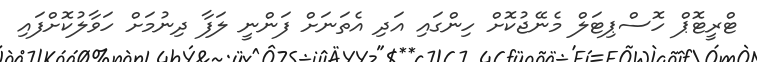
ޓްރީޓޮޕް ހޮސްޕިޓަލް މެނޭޖުކޮށް ހިންގައި އަދި އެތަނަށް ފަންނީ ލަފާ ދިނުމަށް ހަވާލުކޮށްފައި